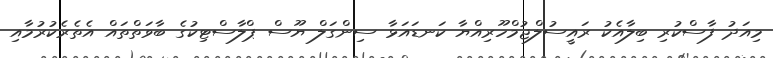
މިއަދު ފާސްކުރި ބިލާއެކު ރައީސުލްޖުމްހޫރިއްޔާ ކަނޑައަޅާ ސިންގަލް ޔޫސް ޕްލާސްޓިކުގެ ބާވަތްތައް އެތެރެކުރުމާއި